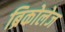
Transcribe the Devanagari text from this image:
ब्रिकोलेज